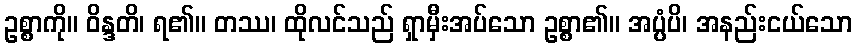
ဥစ္စာကို။ ဝိန္ဒတိ၊ ရ၏။ တဿ၊ ထိုလင်သည် ရှာမှီးအပ်သော ဥစ္စာ၏။ အပ္ပံပိ၊ အနည်းငယ်သော